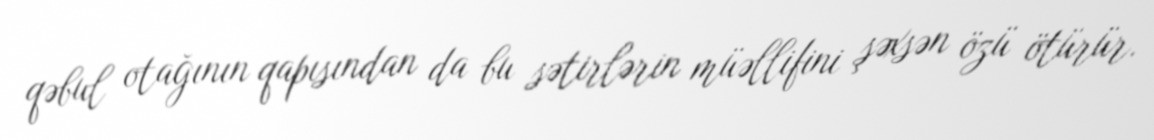
qəbul otağının qapısından da bu sətirlərin müəllifini şəxsən özü ötürür.